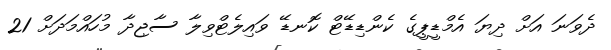
ދެވަނަ އަށް ދިޔަ އެމްޑީޕީގެ ކެންޑިޑޭޓް ކޮނޑޭ ވައިލެޓްވިލާ ސާޖިދާ މުހައްމަދަށް 21